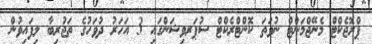
ޕްރޮޖެކްޓް މެނޭޖްމަންޓް ނުވަތަ ކޮންޓްރެކްޓް ސުޕަރވިޝަންގައި 3 އަހަރު ދުވަހުގެ ތަޖުރިބާ ލިފައިވުން